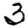
Digit: 3